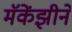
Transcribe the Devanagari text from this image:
मॅकेंझीने